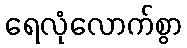
ရေလုံလောက်စွာ